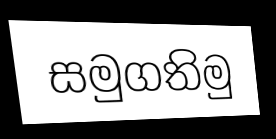
සමුගතිමු